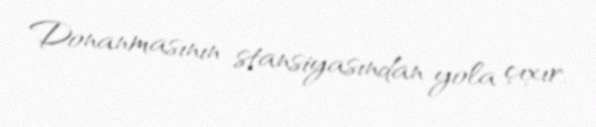
Donanmasının stansiyasından yola çıxır.